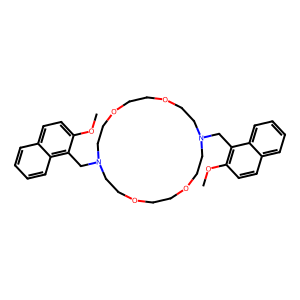
SMILES: COc1ccc2ccccc2c1CN1CCOCCOCCN(Cc2c(OC)ccc3ccccc23)CCOCCOCC1
Inhibits HIV replication: No